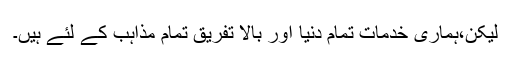
لیکن،ہماری خدمات تمام دنیا اور بالا تفریق تمام مذاہب کے لئے ہیں۔